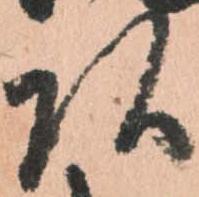
頭